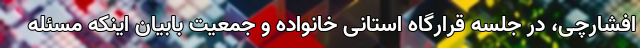
افشارچی، در جلسه قرارگاه استانی خانواده و جمعیت بابیان اینکه مسئله